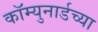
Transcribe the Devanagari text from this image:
कॉम्युनार्डच्या